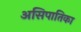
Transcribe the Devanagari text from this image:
असिपातिका